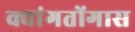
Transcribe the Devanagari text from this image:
क्वांगतोंगास